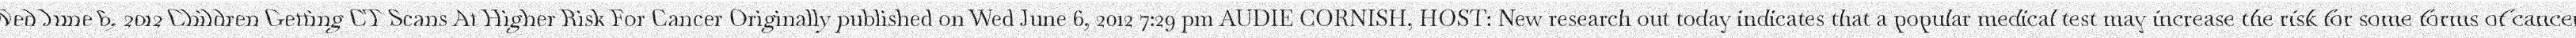
"Wed June 6, 2012 Children Getting CT Scans At Higher Risk For Cancer Originally published on Wed June 6, 2012 7:29 pm AUDIE CORNISH, HOST: New research out today indicates that a popular medical test may increase the risk for some forms of cancer."